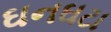
ઘનઘટા